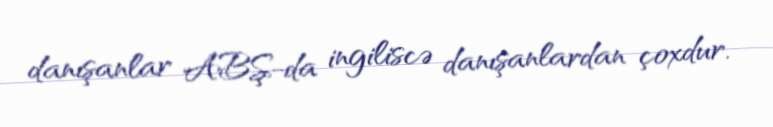
danışanlar ABŞ-da ingiliscə danışanlardan çoxdur.